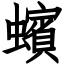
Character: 蠙